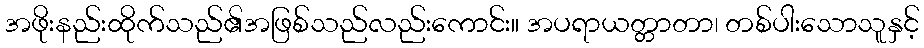
အဖိုးနည်းထိုက်သည်၏အဖြစ်သည်လည်းကောင်း။ အပရာယတ္တာတာ၊ တစ်ပါးသောသူနှင့်